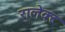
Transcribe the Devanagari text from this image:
रालेक्ट